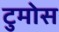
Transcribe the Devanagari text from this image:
टुमोस